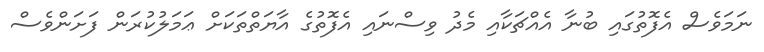
ނަމަވެސް އެފޮތުގައި ބުނާ އެއްޗަކާއި މެދު ވިސްނައި އެފޮތުގެ އާޔަތްތަކަށް ޢަމަލުކުރަން ފަށަންވެސް